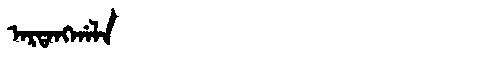
Manchu: ᠠᡵᡨᠠᠩᡤᠠᠯᠠ
Romanization: ARTANGGALA